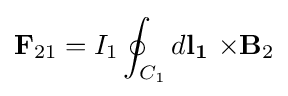
\mathbf {F} _{21}=I_{1}\oint _{C_{1}}d\mathbf {l_{1}} \ \mathbf {\times } \mathbf {B} _{2}